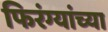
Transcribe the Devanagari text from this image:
फिरंग्यांच्या